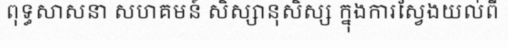
ពុទ្ធសាសនា សហគមន៍ សិស្សានុសិស្ស ក្នុងការស្វែងយល់ពី